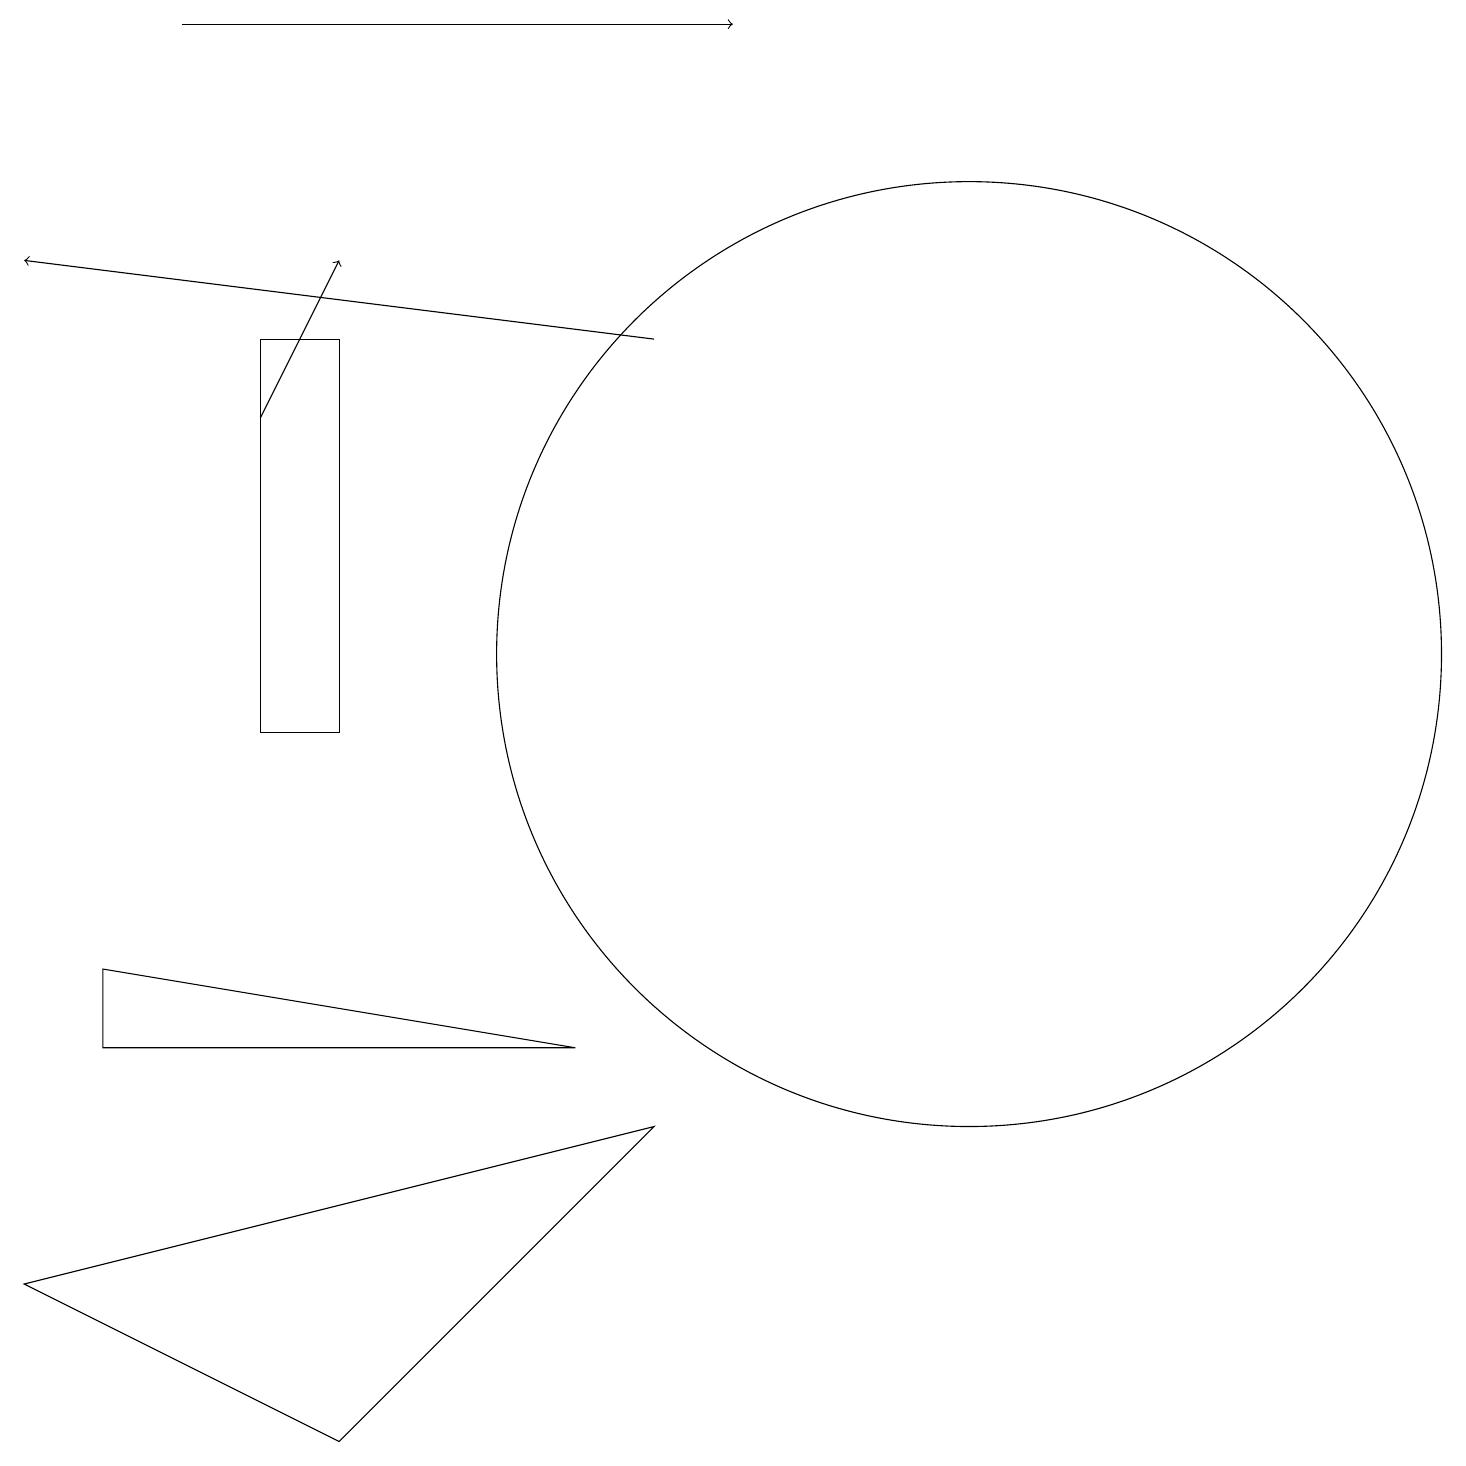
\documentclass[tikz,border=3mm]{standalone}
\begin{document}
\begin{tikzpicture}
\draw (12,11) circle (6);
\draw[->] (8,15) -- (0,16);
\draw (1,7) -- (1,6) -- (7,6) -- cycle;
\draw[->] (3,14) -- (4,16);
\draw[->] (2,19) -- (9,19);
\draw (3,15) rectangle (4,10);
\draw (4,1) -- (0,3) -- (8,5) -- cycle;
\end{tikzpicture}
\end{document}